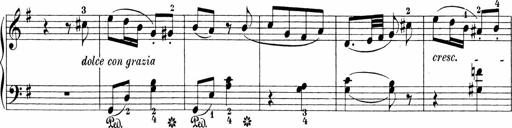
Title: 3 Sonatinas
Composer: Carl Reinecke